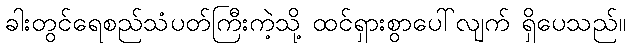
ခါးတွင်ရေစည်သံပတ်ကြီးကဲ့သို့ ထင်ရှားစွာပေါ်လျက် ရှိပေသည်။